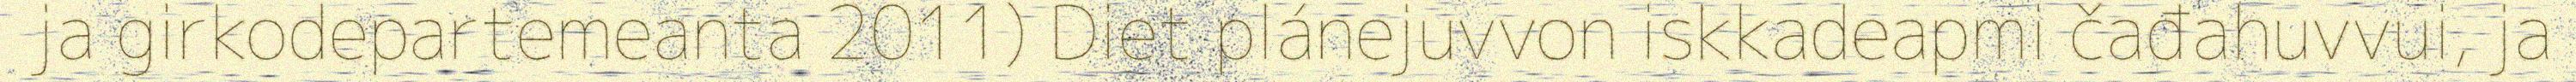
ja girkodepartemeanta 2011) Diet plánejuvvon iskkadeapmi čađahuvvui, ja